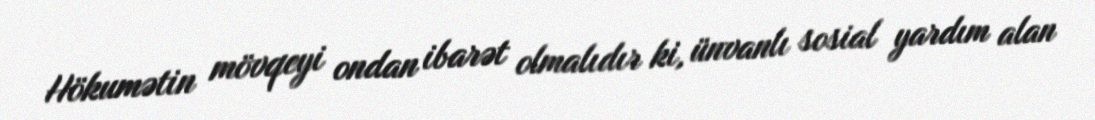
Hökumətin mövqeyi ondan ibarət olmalıdır ki, ünvanlı sosial yardım alan